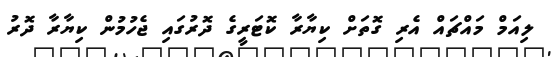
ލިއަމް މައްޗައް އެރި ގޮތަށް ކިޔާރާ ކޮޓަރީގެ ދޮރުގައި ޖެހުމުން ކިޔާރާ ދޮރު